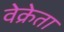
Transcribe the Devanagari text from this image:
वेक्रेता